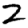
Digit: 2